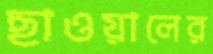
ছাওয়ালের